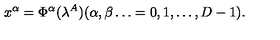
x ^ { \alpha } = \Phi ^ { \alpha } ( \lambda ^ { A } ) ( \alpha , \beta \dots = 0 , 1 , \dots , D - 1 ) .